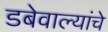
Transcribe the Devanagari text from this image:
डबेवाल्यांचे